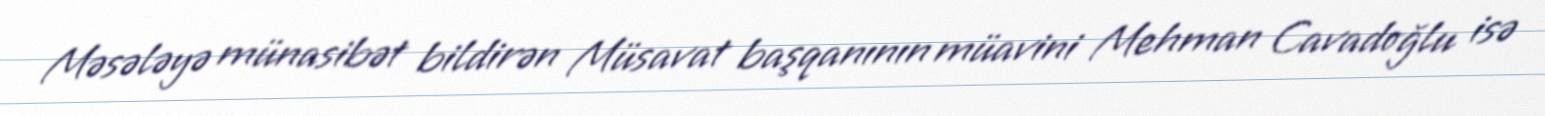
Məsələyə münasibət bildirən Müsavat başqanının müavini Mehman Cavadoğlu isə